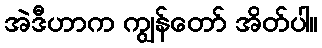
အဲဒီဟာက ကျွန်တော် အိတ်ပါ။